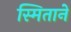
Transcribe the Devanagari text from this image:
स्मिताने